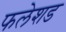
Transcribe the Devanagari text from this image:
फलेशड